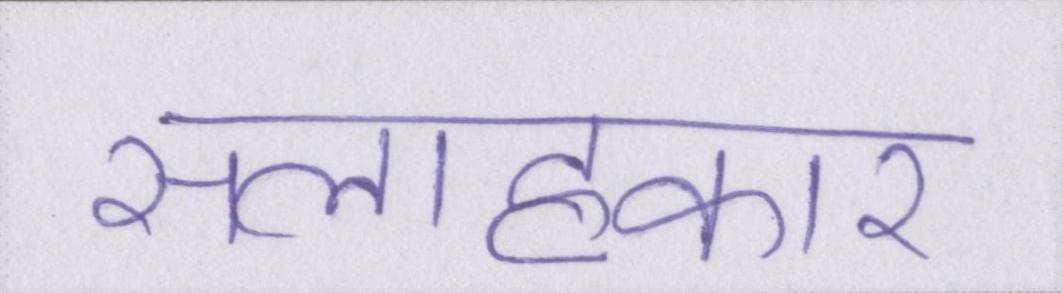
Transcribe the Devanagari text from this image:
सलाहकार